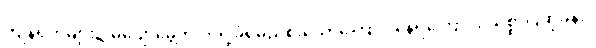
ကျန်ရက်များ၌ မပျော်မွေ့ဘဲ ကဲ့ရဲ့ခံရမည်စိုးသောကြောင့် နေရကြောင်း သစ္စာပြဆိုခန်း။